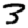
Digit: 3